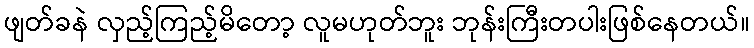
ဖျတ်ခနဲ လှည့်ကြည့်မိတော့ လူမဟုတ်ဘူး ဘုန်းကြီးတပါးဖြစ်နေတယ်။